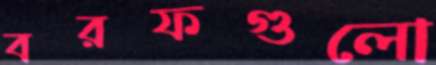
বরফগুলো